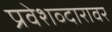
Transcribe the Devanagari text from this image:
प्रवेशव्दारावर